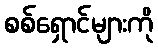
စစ်ရှောင်များကို